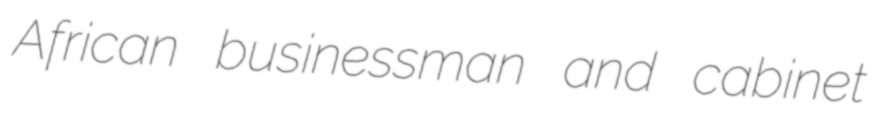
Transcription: African businessman and cabinet